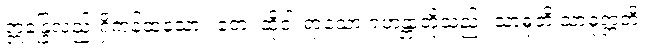
ဣန္ဒြေလည်းရှိကုန်ထသော။ တေ၊ ထိုငါးရာသော ရဟန္တာတို့သည်။ သာဓုတိ သာဓုဣတိ၊